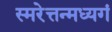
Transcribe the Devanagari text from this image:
स्मरेत्तन्मध्यगं